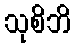
သုစိဘိ